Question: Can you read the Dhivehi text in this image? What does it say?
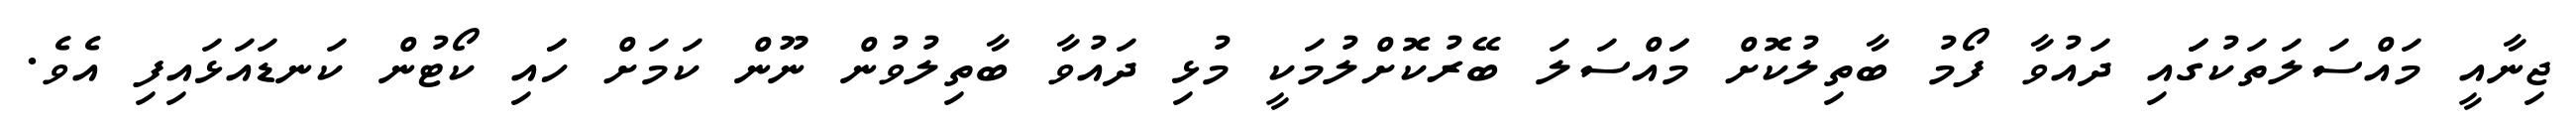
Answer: ޖިނާއީ މައްސަލަތަކުގަައި ދައުވާ ފޯމު ބާތިލުކޮށް މަައްސަލަ ބޭރުކޮށްލުމަކީ މުޅި ދައުވާ ބާތިލުވުން ނޫން ކަމަށް ހަައި ކޯޓުން ކަނޑައަޅައިފި އެވެ.